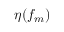
\eta ( f _ { m } )